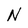
Character: N